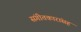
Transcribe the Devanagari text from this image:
संगीतकारांसह